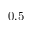
0 . 5